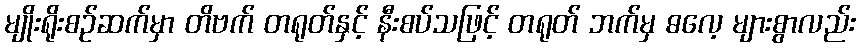
မျိုးရိုးစဉ်ဆက်မှာ တိဗက် တရုတ်နှင့် နီးစပ်သဖြင့် တရုတ် ဘက်မှ ဓလေ့ များစွာလည်း